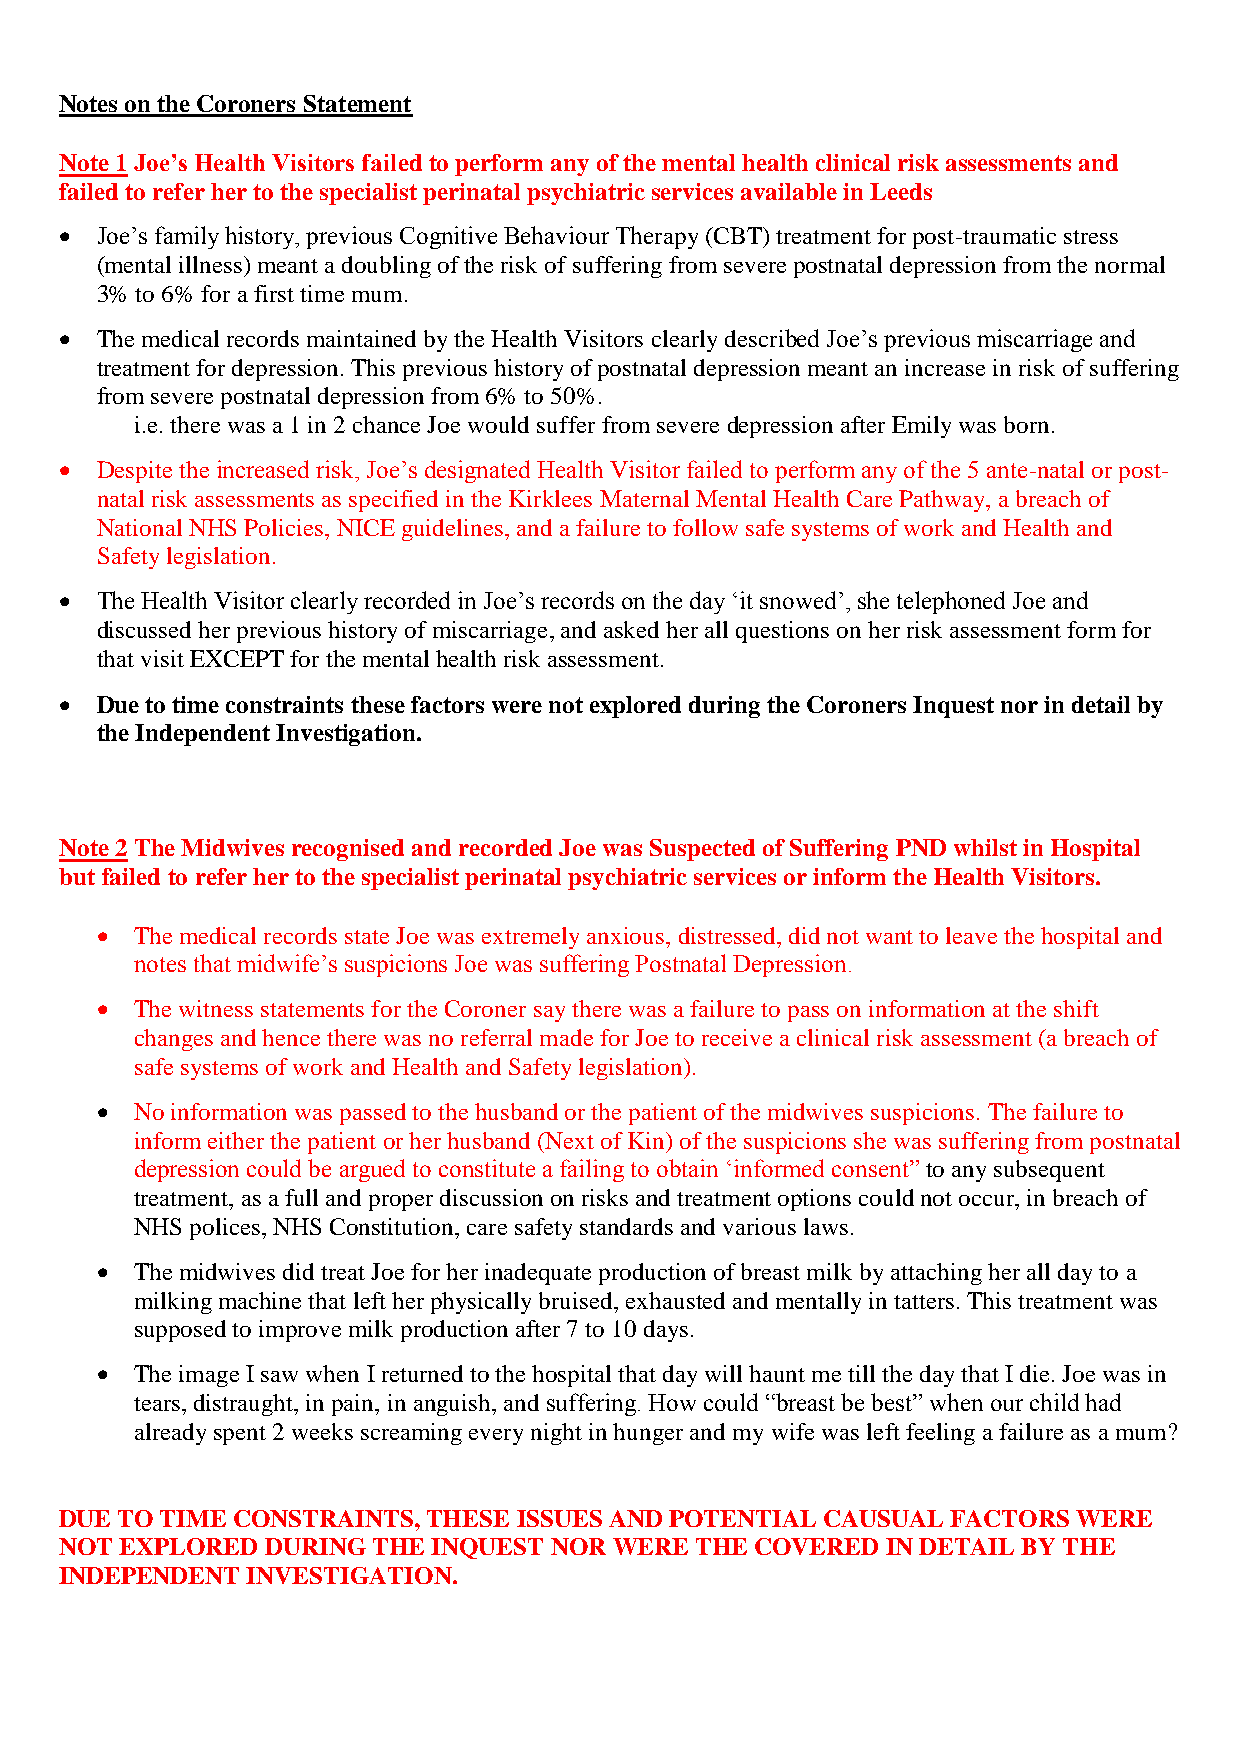
Notes on the Coroners Statement
 Note 1 Joe’s Health Visitors failed to perform any of the mental health clinical risk assessments and
 failed to refer her to the specialist perinatal psychiatric services available in Leeds
  Joe’s family history, previous Cognitive Behaviour Therapy (CBT) treatment for post-traumatic stress
 (mental illness) meant a doubling of the risk of suffering from severe postnatal depression from the normal
 3% to 6% for a first time mum.
  The medical records maintained by the Health Visitors clearly described Joe’s previous miscarriage and
 treatment for depression. This previous history of postnatal depression meant an increase in risk of suffering
 from severe postnatal depression from 6% to 50%.
 i.e. there was a 1 in 2 chance Joe would suffer from severe depression after Emily was born.
  Despite the increased risk, Joe’s designated Health Visitor failed to perform any of the 5 ante-natal or post-
 natal risk assessments as specified in the Kirklees Maternal Mental Health Care Pathway, a breach of
 National NHS Policies, NICE guidelines, and a failure to follow safe systems of work and Health and
 Safety legislation.
  The Health Visitor clearly recorded in Joe’s records on the day ‘it snowed’, she telephoned Joe and
 discussed her previous history of miscarriage, and asked her all questions on her risk assessment form for
 that visit EXCEPT for the mental health risk assessment.
  Due to time constraints these factors were not explored during the Coroners Inquest nor in detail by
 the Independent Investigation.
 Note 2 The Midwives recognised and recorded Joe was Suspected of Suffering PND whilst in Hospital
 but failed to refer her to the specialist perinatal psychiatric services or inform the Health Visitors.
   The medical records state Joe was extremely anxious, distressed, did not want to leave the hospital and
 notes that midwife’s suspicions Joe was suffering Postnatal Depression.
   The witness statements for the Coroner say there was a failure to pass on information at the shift
 changes and hence there was no referral made for Joe to receive a clinical risk assessment (a breach of
 safe systems of work and Health and Safety legislation).
   No information was passed to the husband or the patient of the midwives suspicions. The failure to
 inform either the patient or her husband (Next of Kin) of the suspicions she was suffering from postnatal
 depression could be argued to constitute a failing to obtain ‘informed consent” to any subsequent
 treatment, as a full and proper discussion on risks and treatment options could not occur, in breach of
 NHS polices, NHS Constitution, care safety standards and various laws.
   The midwives did treat Joe for her inadequate production of breast milk by attaching her all day to a
 milking machine that left her physically bruised, exhausted and mentally in tatters. This treatment was
 supposed to improve milk production after 7 to 10 days.
   The image I saw when I returned to the hospital that day will haunt me till the day that I die. Joe was in
 tears, distraught, in pain, in anguish, and suffering. How could “breast be best” when our child had
 already spent 2 weeks screaming every night in hunger and my wife was left feeling a failure as a mum?
 DUE TO TIME CONSTRAINTS, THESE ISSUES AND POTENTIAL CAUSUAL FACTORS WERE
 NOT EXPLORED  DURING THE INQUEST NOR WERE THE COVERED  IN DETAIL BY THE
 INDEPENDENT INVESTIGATION.